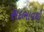
સદભાવથી